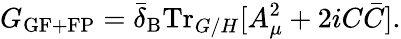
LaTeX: G_{\mathrm{GF+FP}}=\bar{\delta}_{\mathrm{B}}\mathrm{Tr}_{G/H}[A_{\mu}^{2}+2iC\bar{C}].